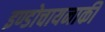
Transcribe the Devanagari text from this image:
इण्डोचायनाकी